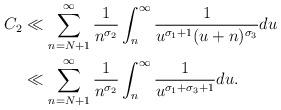
LaTeX: \begin{align*}C_2 &\ll \sum_{n=N+1}^\infty \frac{1}{n^{\sigma_2}} \int_n^\infty \frac{1}{u^{\sigma_1+1}(u+n)^{\sigma_3}} du \\&\ll \sum_{n=N+1}^\infty \frac{1}{n^{\sigma_2}} \int_n^\infty \frac{1}{u^{\sigma_1+\sigma_3+1}} du. \end{align*}